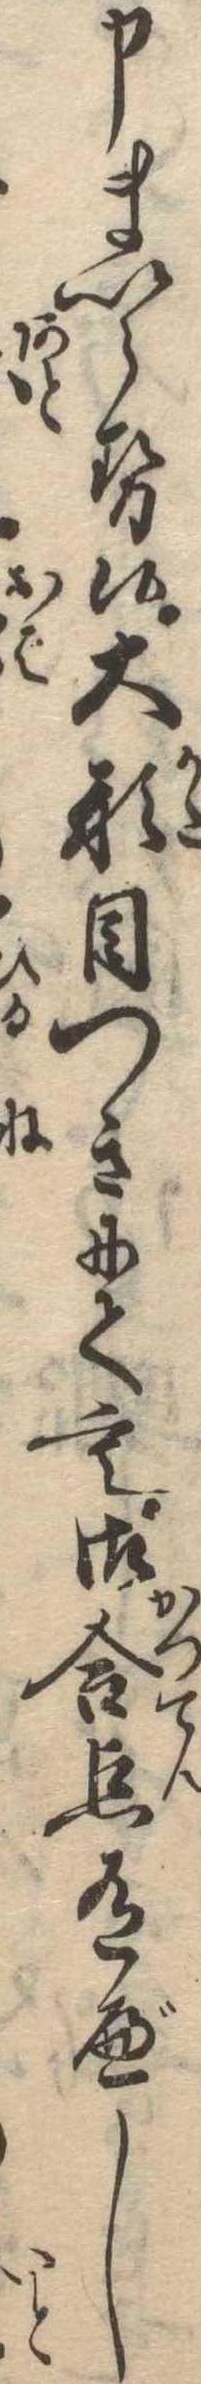
申まいらせ候大形目つきにても御合点有べし